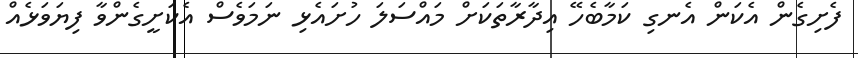
ފެށިގެން އެކަން އެނގި ކަމާބެހޭ އިދާރާތަކަށް މައްސަލަ ހުށައެޅި ނަމަވެސް އެކަށީގެންވާ ފިޔަވަޅެއް